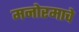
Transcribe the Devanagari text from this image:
मनोरमाचे